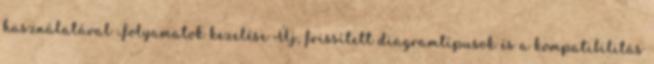
használatával Folyamatok kezelése Új, frissített diagramtípusok és a kompatibilitás